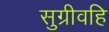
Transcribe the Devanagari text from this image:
सुग्रीवहि